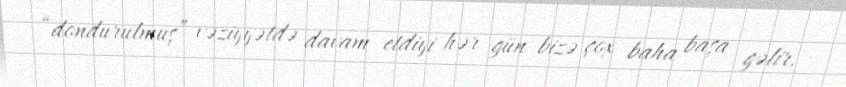
“dondurulmuş” vəziyyətdə davam etdiyi hər gün bizə çox baha başa gəlir.